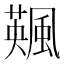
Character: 𩘕